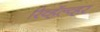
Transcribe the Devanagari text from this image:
रिव्हॅल्व्हर